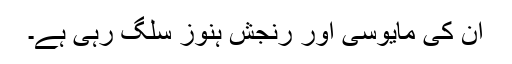
ان کی مایوسی اور رنجش ہنوز سلگ رہی ہے۔